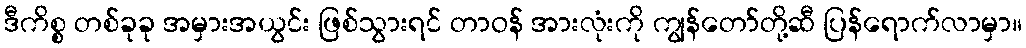
ဒီကိစ္စ တစ်ခုခု အမှားအယွင်း ဖြစ်သွားရင် တာဝန် အားလုံးကို ကျွန်တော်တို့ဆီ ပြန်ရောက်လာမှာ။